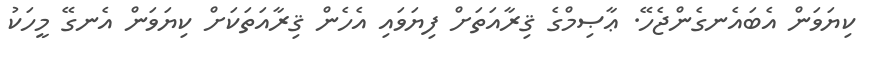
ކިޔަވަން އެބައެނގެންޖެހޭ. ޢާޞިމްގެ ޤިރާއަތަށް ފިޔަވައި އެހެން ޤިރާއަތަކަށް ކިޔަވަން އެނގޭ މީހަކު